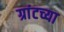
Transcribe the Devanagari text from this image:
ग्रांटच्या